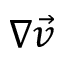
\nabla \vec { v }